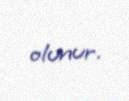
olunur.